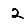
Digit: 2